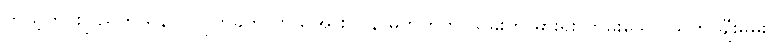
ကိုယ့်တိုင်းပြည်ကို ရန်ပြု တိုက်ခိုက်လာသူအား ပြန် မတိုက်ဘဲ သူခိုးကို ဓားရိုး ကမ်းသော သူကို ချီးမွမ်း